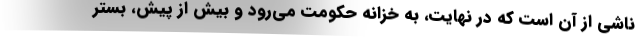
ناشی از آن است که در نهایت، به خزانه حکومت می‌رود و بیش از پیش، بستر